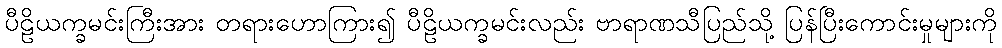
ပီဠိယက္ခမင်းကြီးအား တရားဟောကြား၍ ပီဠိယက္ခမင်းလည်း ဗာရာဏသီပြည်သို့ ပြန်ပြီးကောင်းမှုများကို